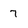
Character: 7